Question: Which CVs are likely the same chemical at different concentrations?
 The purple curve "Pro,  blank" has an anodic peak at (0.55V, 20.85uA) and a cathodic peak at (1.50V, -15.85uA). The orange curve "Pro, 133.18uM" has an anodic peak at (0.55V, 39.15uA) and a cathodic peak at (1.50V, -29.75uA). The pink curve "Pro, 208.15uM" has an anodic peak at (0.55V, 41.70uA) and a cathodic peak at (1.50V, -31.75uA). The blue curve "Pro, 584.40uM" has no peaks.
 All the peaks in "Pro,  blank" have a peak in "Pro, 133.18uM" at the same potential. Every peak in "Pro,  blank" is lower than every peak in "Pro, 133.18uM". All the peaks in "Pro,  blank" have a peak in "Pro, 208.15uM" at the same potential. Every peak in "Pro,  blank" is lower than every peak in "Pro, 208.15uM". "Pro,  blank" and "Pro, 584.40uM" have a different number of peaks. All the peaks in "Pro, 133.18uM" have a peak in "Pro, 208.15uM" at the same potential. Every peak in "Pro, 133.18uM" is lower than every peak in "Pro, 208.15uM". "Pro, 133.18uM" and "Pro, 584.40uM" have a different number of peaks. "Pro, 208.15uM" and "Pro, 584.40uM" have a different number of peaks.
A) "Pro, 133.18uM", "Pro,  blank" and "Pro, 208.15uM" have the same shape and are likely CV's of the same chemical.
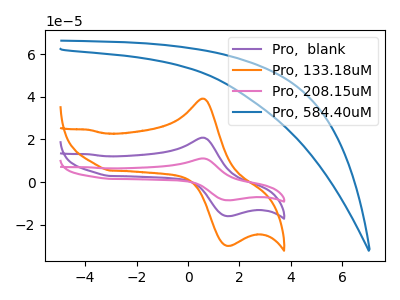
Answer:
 <answer>A) "Pro, 133.18uM", "Pro,  blank" and "Pro, 208.15uM" have the same shape and are likely CV's of the same chemical.</answer>
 <eval>A</eval>